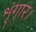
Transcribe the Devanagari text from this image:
शृंगार।